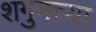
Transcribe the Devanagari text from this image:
शगुनच्या